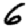
Digit: 6